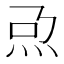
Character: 𤆨